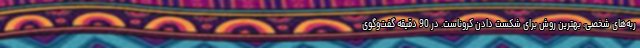
ربه‌های شخصی، بهترین روش برای شکست دادن کروناست. در 90 دقیقه گفت‌وگوی